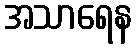
အသာရေန